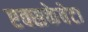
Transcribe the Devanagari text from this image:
एक्सकेवेटा